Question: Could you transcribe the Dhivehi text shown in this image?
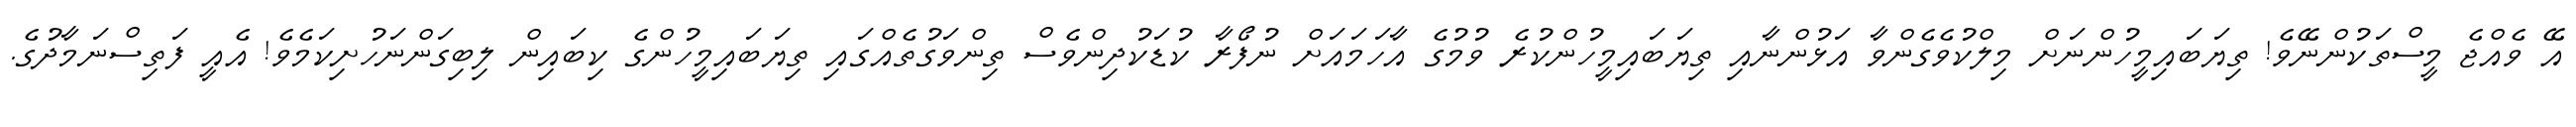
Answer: އޭ ވެއްޖެ މީސްތަކުންނޭވެ! ތިޔަބައިމީހުންނަށް މިލްކުވެގެންވާ އަޅުންނާއި ތިޔަބައިމީހުންކުރެ ވުމުގެ އާހަމައަށް ނުފޯރާ ކުޑަކުދިންވެސް ތިންވަގުތެއްގައި ތިޔަބައިމީހުންގެ ކިބައިން ލިބިގަންނަހުށިކަމެވެ! އެއީ ފަތިސްނަމާދުގެ.